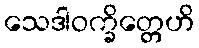
သေဒါဝက္ခိတ္တေဟိ